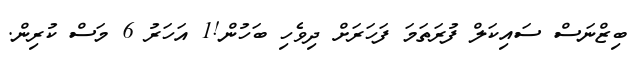
ބިޒްނަސް ސައިކަލް ފުރަތަމަ ފަހަރަށް ދިވެހި ބަހުން!1 އަހަރު 6 މަސް ކުރިން.